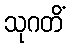
သုဂတိံ